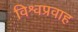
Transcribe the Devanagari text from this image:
विश्वप्रवाह